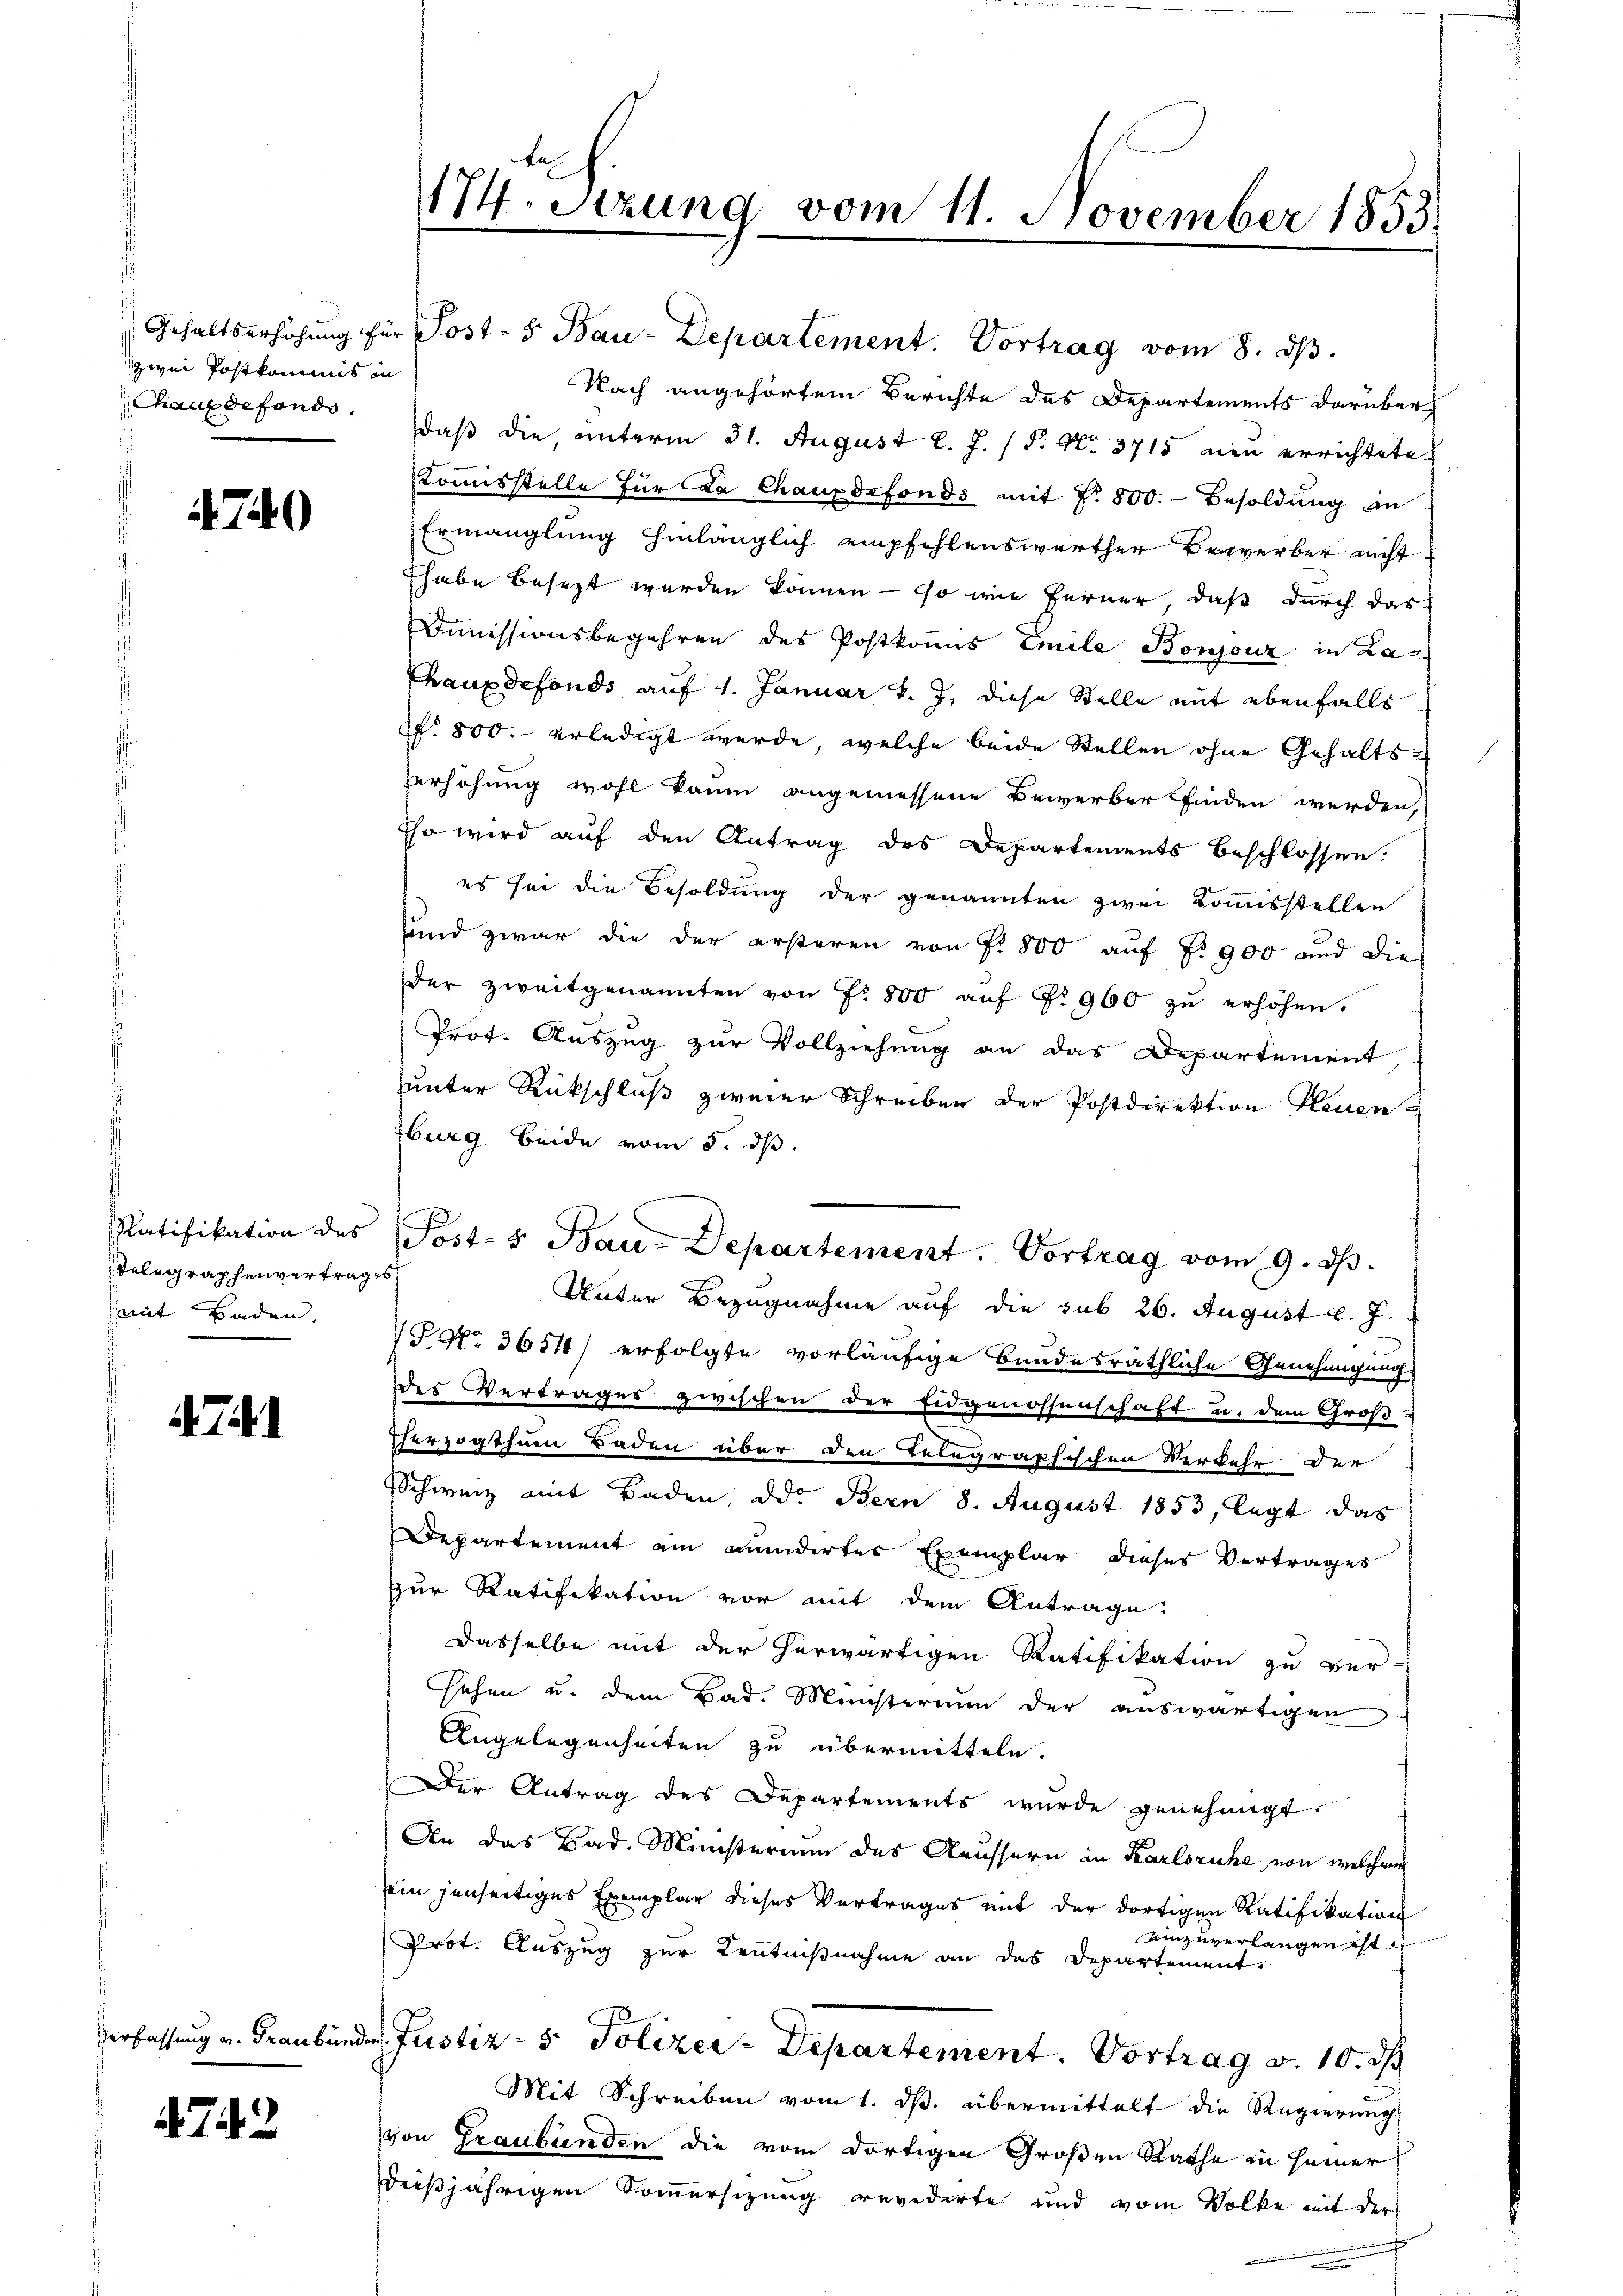
zwei Postkommis in
Chaus defondo.

7.

Verfassung v. Graubünd

4743

4740

Ratifikation des
Telegraphenvertrag,
mit Baden.

174. Sizung vom 11. November 1853

Gehaltserhöhŭng für Post- 5. Bau-Departement. Vortrag vom 8. dβ.
Nach angehörtem Berichte des Departements darüber
daß die, unterm 31. August l. J. 18. No. 3715 neu errichtete
Kommisstelle für da Chauxdefonds mit N. 800.- Besoldung zu
Ermanglung hinlänglich empfehlenswerther Bewerber nicht
Thabe besezt werden können — so wie ferner, daß durch das
Dimissionsbegehren des Postkomis Emile Bonjouz in La¬
Chauxdefonds auf 1. Januar v. J. diese Stelle mit ebenfalls
N. 800. erledigt werde, welche beide Stellen ohne Gehaltserhöhung wohl kaum angemessene Bewerber finden werden,
Eso wird auf den Antrag des Departements beschlossen.
es sei die Besoldung der genannten zwei Koṁisstellen
und zwar die der ersteren von P. 800 auf §. 900 und die
der zweitgenannten von Fr. 800 aŭf Fr. 900 zŭ erhöhen.
Prot. Auszug zur Vollziehung an das Departement
unter Rückschluß zweier Schreiben der Postdirektion Neuen
burg beide vom 5. dß.
s
Unter Bezugnahme auf die sub 26. August l. J.
J No 3654) erfolgte vorläufige Bundesräthliche Genehmigung
Des Vertrages zwischen der Eidgenossenschaft u. dem Groß-
therzogthum Baden über den Telegraphischen Verkehr der
Schweiz mit Baden, od. Bern 8. August 1853, legt das
Departement ein minderter Exemplar dieses Vertrages
zur Ratifikation vor mit dem Antrage:
Dasselbe mit der herwärtigen Ratifikation zu ver-
sehen u. dem Bad. Ministerium der auswärtigen
Angelegenheiten zu übermitteln.
Der Antrag des Departements wurde genehmigt.
An das Bad. Ministerium des Aeussern in Karlsruhe von welchem
sein jenseitiges Exemplar dieses Vertrages mit der dortigen Ratifikation
Ainzuverlangen ist.
Prot. Auszug zur Kenntnißnahme an das Departement.
des Justiz- & Polizei-Departement. Vortrag v. 10. J
Mit Schreiben vom 1. ds. übermittelt die Regierung
von Graubünden die vom dortigen Großen Rathe in seiner
deißjährigen Sommersizung revidirte und vom Volke mit der

Post- & Bau-Departement. Vortrag vom 9. ds.